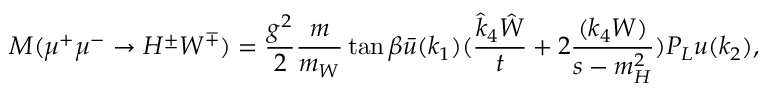
M ( \mu ^ { + } \mu ^ { - } \rightarrow H ^ { \pm } W ^ { \mp } ) = \frac { g ^ { 2 } } { 2 } \frac { m } { m _ { W } } \tan \beta \bar { u } ( k _ { 1 } ) ( \frac { \hat { k } _ { 4 } \hat { W } } { t } + 2 \frac { ( k _ { 4 } W ) } { s - m _ { H } ^ { 2 } } ) P _ { L } u ( k _ { 2 } ) ,